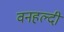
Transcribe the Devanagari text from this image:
वनहल्दी